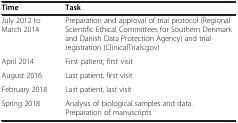
<table><thead><tr><td><b>Time</b></td><td><b>Task</b></td></tr></thead><tbody><tr><td>July 2012 to March 2014</td><td>Preparation and approval of trial protocol (Regional Scientific Ethical Committees for Southern Denmark and Danish Data Protection Agency) and trial registration (ClinicalTrials.gov)</td></tr><tr><td>April 2014</td><td>First patient, first visit</td></tr><tr><td>August 2016</td><td>Last patient, first visit</td></tr><tr><td>February 2018</td><td>Last patient, last visit</td></tr><tr><td>Spring 2018</td><td>Analysis of biological samples and data. Preparation of manuscripts</td></tr></tbody></table>